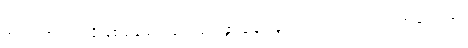
အဿ၊ အဘယ်သို့ဖြစ်သနည်း။ ဂေါပဒေ၊ နွားခြေရာခွက်သည်။ ဣဒံ ဥဒကံ၊ ဤရေသည်။